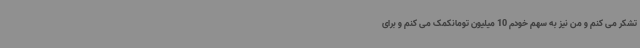
تشکر می کنم و من نیز به سهم خودم 10 میلیون تومانکمک می کنم و برای